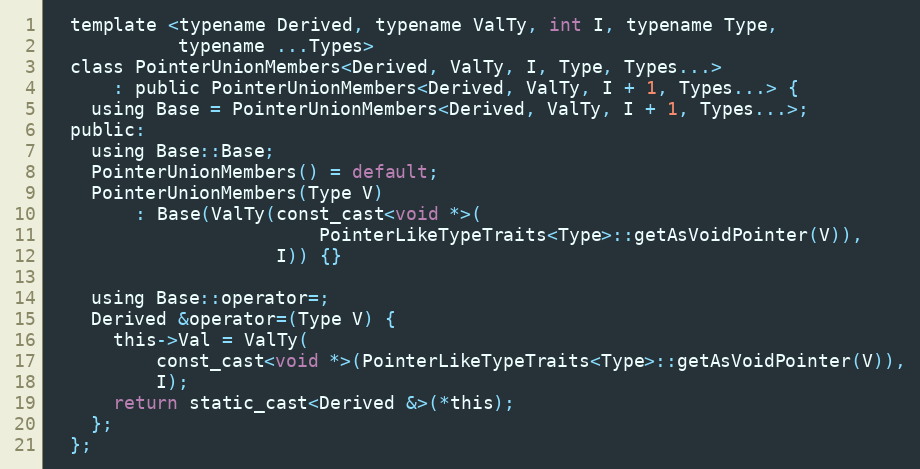
Language: C
  template <typename Derived, typename ValTy, int I, typename Type,
            typename ...Types>
  class PointerUnionMembers<Derived, ValTy, I, Type, Types...>
      : public PointerUnionMembers<Derived, ValTy, I + 1, Types...> {
    using Base = PointerUnionMembers<Derived, ValTy, I + 1, Types...>;
  public:
    using Base::Base;
    PointerUnionMembers() = default;
    PointerUnionMembers(Type V)
        : Base(ValTy(const_cast<void *>(
                         PointerLikeTypeTraits<Type>::getAsVoidPointer(V)),
                     I)) {}

    using Base::operator=;
    Derived &operator=(Type V) {
      this->Val = ValTy(
          const_cast<void *>(PointerLikeTypeTraits<Type>::getAsVoidPointer(V)),
          I);
      return static_cast<Derived &>(*this);
    };
  };